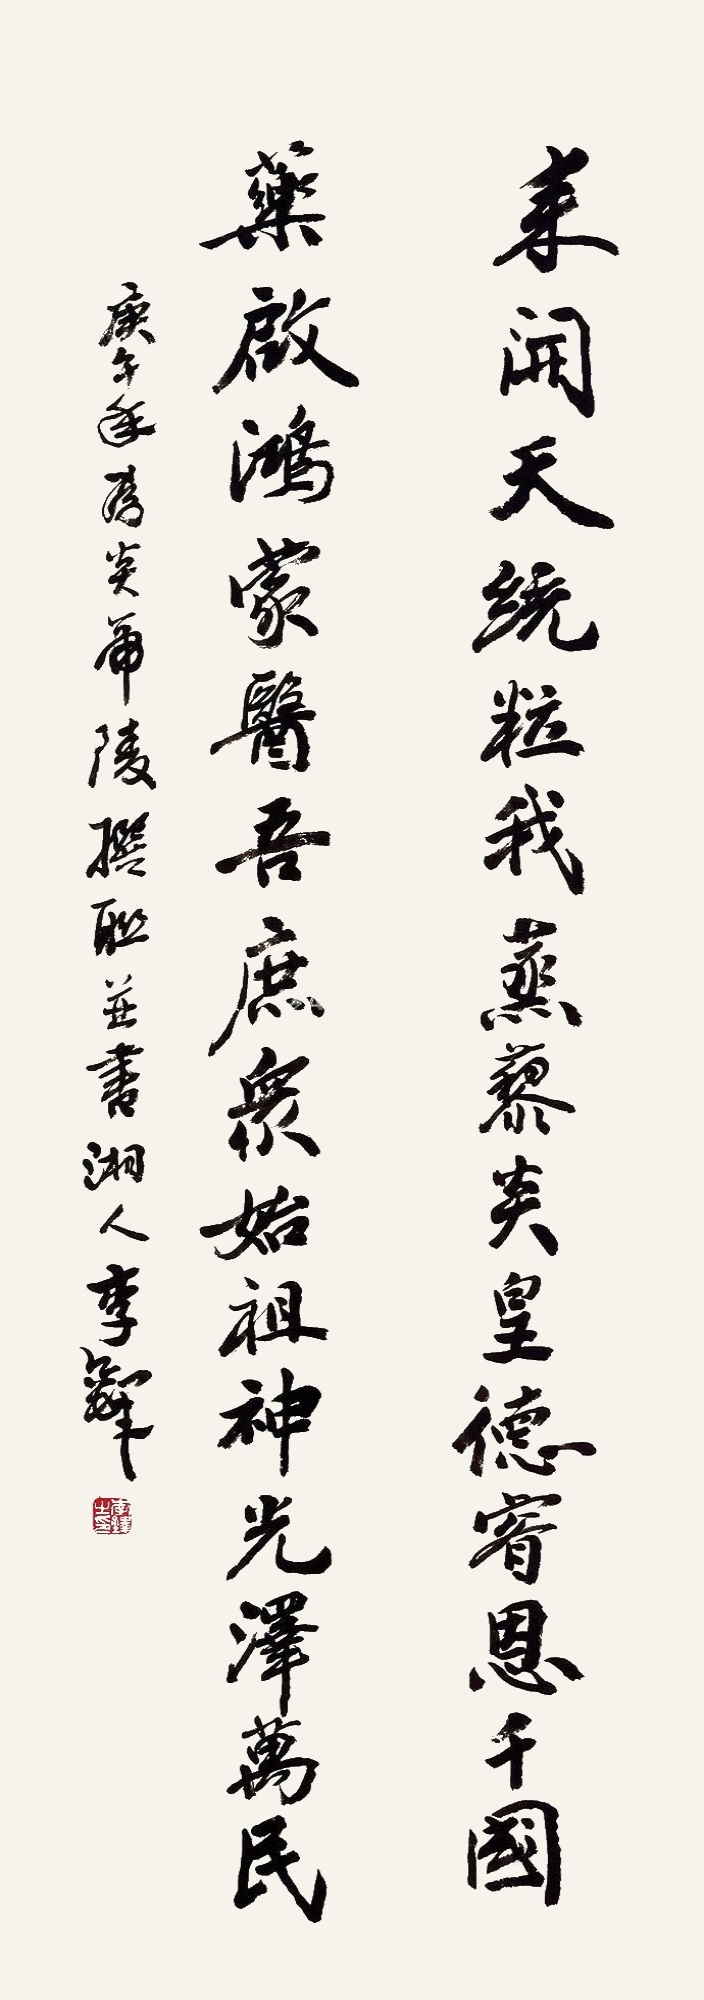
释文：耒开天统，粒我蒸藜，炎黄德睿恩千国；药启鸿蒙，医吾庶众，始祖神光泽万民。庚午年为炎帝陵撰联并书，湘人李铎。